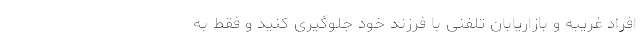
افراد غریبه و بازاریابان تلفنی با فرزند خود جلوگیری کنید و فقط به